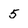
Character: 5